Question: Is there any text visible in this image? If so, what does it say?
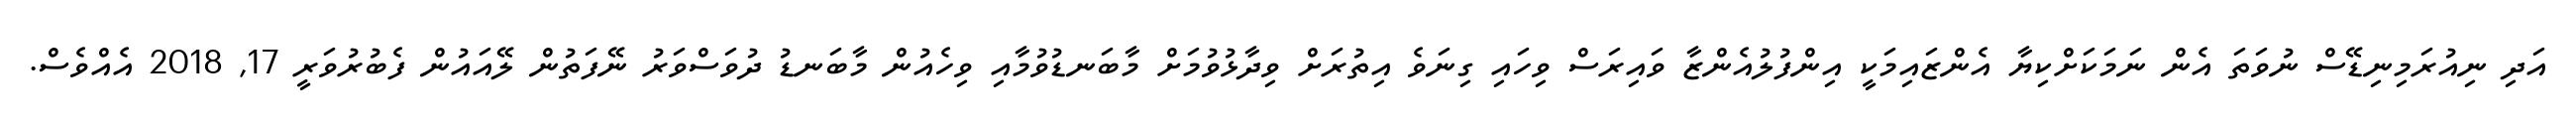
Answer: އަދި ނިއުރަމިނިޑޭސް ނުވަތަ އެން ނަމަކަށްކިޔާ އެންޒައިމަކީ އިންފުލުއެންޒާ ވައިރަސް ވިހައި ގިނަވެ އިތުރަށް ވިދާޅުވުމަށް މާބަނޑުވުމާއި ވިހެއުން މާބަނޑު ދުވަސްވަރު ނޭފަތުން ލޭއައުން ފެބުރުވަރީ 17, 2018 އެއްވެސް.